Leaving Certificate Examination, 1918
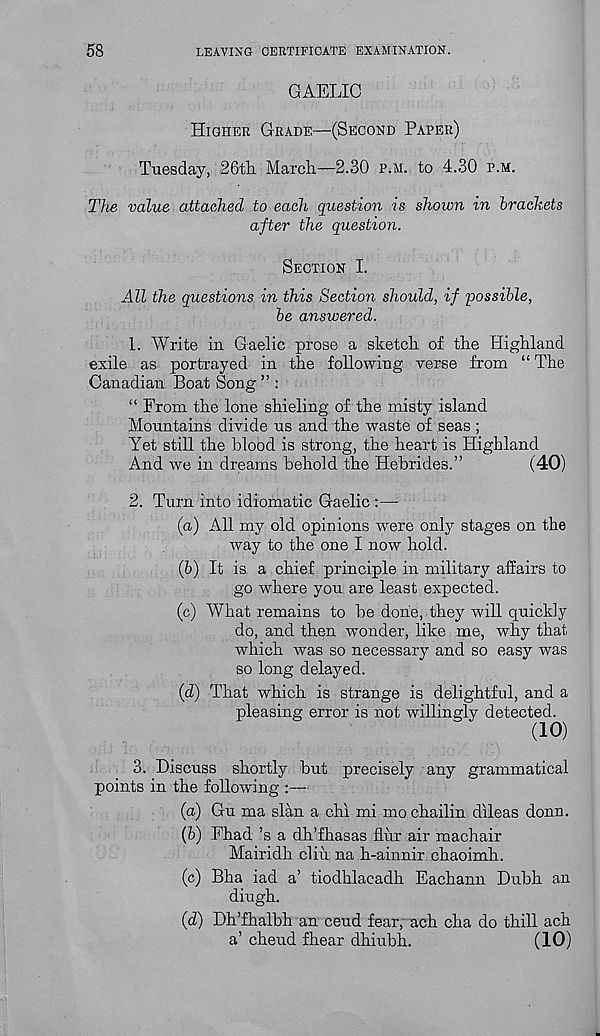
58
LEAVING CERTIFICATE EXAMINATION.
GAELIC
Higher Grade—(Second Paper)
Tuesday, 26tli March—2.30 p.m. to 4.30 p.m.
The value attached to each question is shown in brackets
after the question.
Section I.
All the questions in this Section should, if possible,
be answered.
1. Write in Gaelic prose a sketch of the Highland
exile as portrayed in the following verse from “ The
Canadian Boat Song ” :
“ From the lone shieling of the misty island
Mountains divide us and the waste of seas ;
Yet still the blood is strong, the heart is Highland
And we in dreams behold the Hebrides.”
(40)
2. Turn into idiomatic Gaelic :—-
(a) All my old opinions were only stages on the
way to the one I now hold.
(b) It is a chief principle in military affairs to
go where you are least expected.
(c) What remains to be done, they will quickly
do, and then wonder, like me, why that
which was so necessary and so easy was
so long delayed.
(d) That which is strange is delightful, and a
pleasing error is not willingly detected.
(10)
3. Discuss shortly but precisely any grammatical
points in the following :—
(a) Gu ma slan a chi mi mo chailin dileas donn.
(b) Fhad’s a dh’fhasas flur air machair
Mairidh cliu na h-ainnir chaoimh.
(c) Bha iad a’ tiodhlacadh Eachann Dubh an
diugh.
(d) Dh’fhalbh an ceud fear, ach cha do thill ach
a’ cheud fhear dhiubh.
(10)